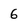
Character: 6